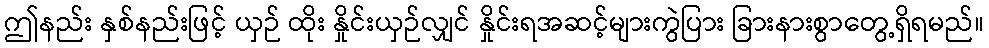
ဤနည်း နှစ်နည်းဖြင့် ယှဉ် ထိုး နှိုင်းယှဉ်လျှင် နှိုင်းရအဆင့်များကွဲပြား ခြားနားစွာတွေ့ရှိရမည်။